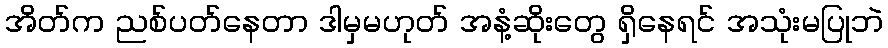
အိတ်က ညစ်ပတ်နေတာ ဒါမှမဟုတ် အနံ့ဆိုးတွေ ရှိနေရင် အသုံးမပြုဘဲ